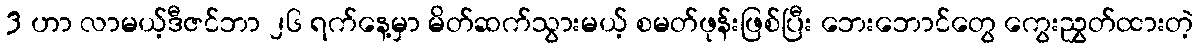
3 ဟာ လာမယ့်ဒီဇင်ဘာ ၂၆ ရက်နေ့မှာ မိတ်ဆက်သွားမယ့် စမတ်ဖုန်းဖြစ်ပြီး ဘေးဘောင်တွေ ကွေးညွှတ်ထားတဲ့